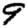
Digit: 9